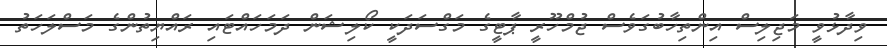
ވިދާޅުވީ މަޖިލިސް އިންތިހާބުގަވެސް ޖުމްހޫރީ ޕާޓީގެ މަގްސަދަކީ ކޯލިޝަން ދަމަހައްޓައި ރައްޔިތުންގެ މަސްލަހަތު